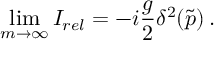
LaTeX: \operatorname * { l i m } _ { m \rightarrow \infty } I _ { r e l } = - i \frac { g } { 2 } \delta ^ { 2 } ( \tilde { p } ) \, .